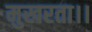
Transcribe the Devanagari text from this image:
मुखरता।।